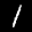
Label: 1